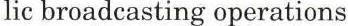
lic broadcasting operations